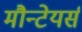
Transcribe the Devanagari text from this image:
मौन्टेयर्स